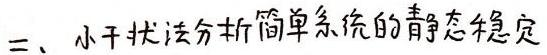
三、小干扰法分析简单系统的静态稳定